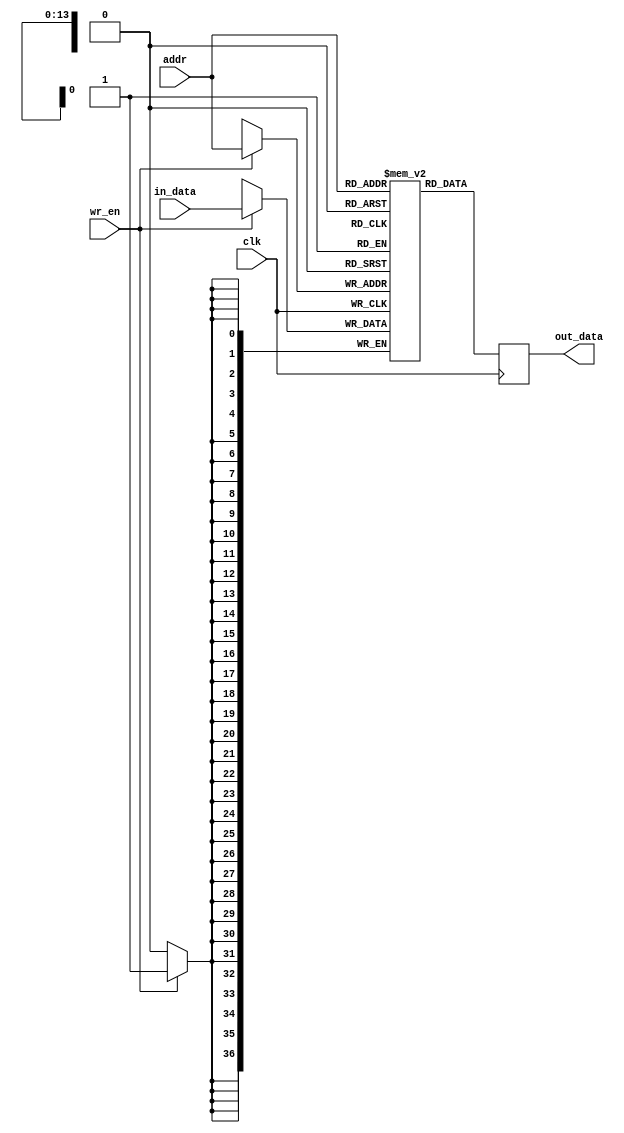

module BRAM
	#(
	  parameter BRAM_WIDTH = 37,
      parameter MAX_DEPTH_BITS = 14,
      parameter TOTAL_NUM = 2**MAX_DEPTH_BITS
	  )
	(
	input clk,
	input wr_en,
	input [BRAM_WIDTH-1:0] in_data,
	input [MAX_DEPTH_BITS-1:0] addr,

	output reg  [BRAM_WIDTH-1:0] out_data
	);

reg [BRAM_WIDTH-1:0] reg_array [TOTAL_NUM-1:0];

integer i;

// initial begin
//     for( i = 0; i < TOTAL_NUM; i = i + 1 ) begin
//         reg_array[i] <= 0;
//     end
// end

always @(posedge clk) begin
	if(wr_en)
		reg_array[addr] <= in_data; 	
		
	out_data <= reg_array[addr];

end

endmodule